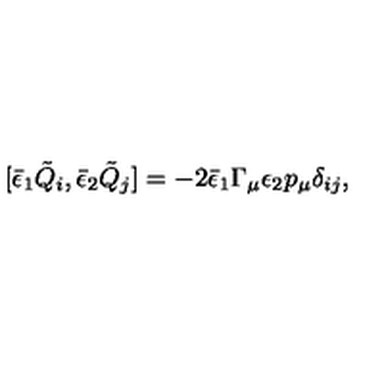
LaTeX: [ { \bar { \epsilon } } _ { 1 } { \tilde { Q } } _ { i } , { \bar { \epsilon } } _ { 2 } { \tilde { Q } } _ { j } ] = - 2 { \bar { \epsilon } _ { 1 } } \Gamma _ { \mu } \epsilon _ { 2 } p _ { \mu } \delta _ { i j } ,